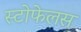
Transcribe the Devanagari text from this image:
स्टोफेलस